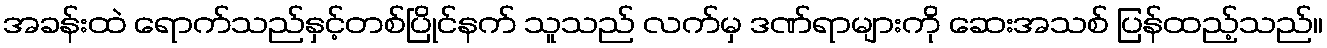
အခန်းထဲ ရောက်သည်နှင့်တစ်ပြိုင်နက် သူသည် လက်မှ ဒဏ်ရာများကို ဆေးအသစ် ပြန်ထည့်သည်။